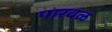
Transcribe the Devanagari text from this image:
पारवळ